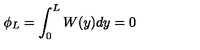
\phi _ { L } = \int _ { 0 } ^ { L } W ( y ) d y = 0